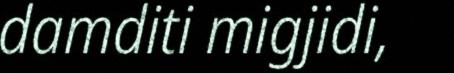
damditi migjidi,